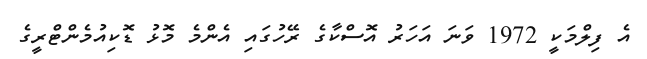
އެ ފިލްމަކީ 1972 ވަނަ އަހަރު އޮސްކާގެ ރޭހުގައި އެންމެ މޮޅު ޑޮކިއުމެންޓްރީގެ